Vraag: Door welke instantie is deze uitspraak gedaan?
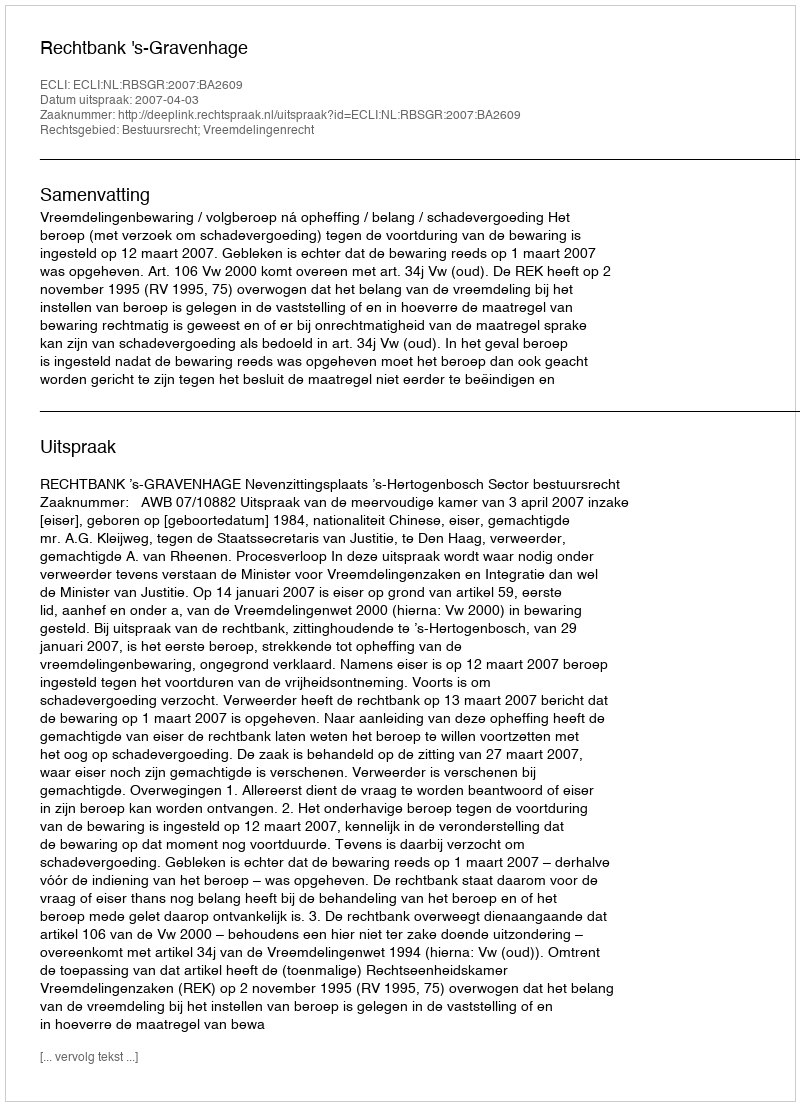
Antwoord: Rechtbank 's-Gravenhage